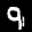
Label: 9